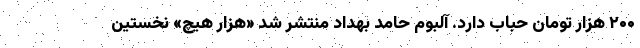
۲۰۰ هزار تومان حباب دارد. آلبوم حامد بهداد منتشر شد «هزار هیچ» نخستین